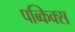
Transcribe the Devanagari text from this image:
पब्किक्स